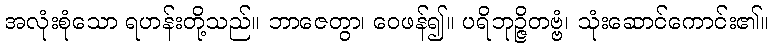
အလုံးစုံသော ရဟန်းတို့သည်။ ဘာဇေတွာ၊ ဝေဖန်၍။ ပရိဘုဉ္ဇိတဗ္ဗံ၊ သုံးဆောင်ကောင်း၏။